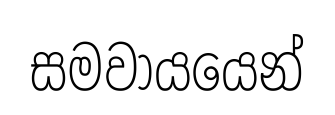
සමවායයෙන්